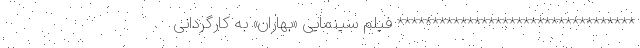
********************************** فیلم سینمایی «بهاران» به کارگردانی